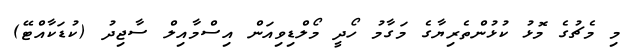
މި މެޗުގެ މޮޅު ކުޅުންތެރިޔާގެ މަގާމު ހޯދީ މޯލްޑިވިއަން އިސްމާއިލް ސާޖިދު (ކުޑަކާއްޓޭ)